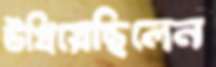
উগ্‌রিয়েছিলেন